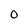
Character: 0